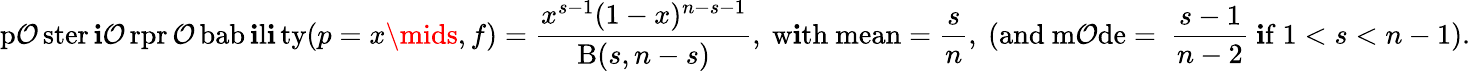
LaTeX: \operatorname{p\mathcal{O}ster\mathbf{i}\mathcal{O}rpr\mathcal{O}bab\mathbf{i}l\mathbf{i}ty}(p=x\mids,f)={\frac{{x^{s-1}(1-x)^{n-s-1}}}{{\mathrm{{B}}(s,n-s)}}},{\mathrm{{~w\mathbf{i}th~mean}}}={\frac{{s}}{{n}}},{\mathrm{{~(and~m\mathcal{O}de=~}}}{\frac{{s-1}}{{n-2}}}{\mathrm{{~\mathbf{i}f~}}}1<s<n-1).